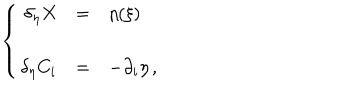
\left\{ \begin{array} { r c l } { { \delta _ { \eta } X } } & { { = } } & { { \eta ( \xi ) } } \\ { { } } & { { } } & { { } } \\ { { \delta _ { \eta } C _ { i } } } & { { = } } & { { - \partial _ { i } \eta \, , } } \\ \end{array} \right.